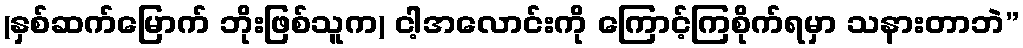
(နှစ်ဆက်မြောက် ဘိုးဖြစ်သူက) ငါ့အလောင်းကို ကြောင့်ကြစိုက်ရမှာ သနားတာဘဲ”